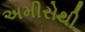
અમીરોથી